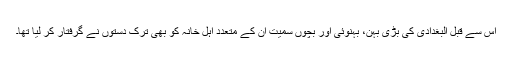
اس سے قبل البغدادی کی بڑی بہن، بہنوئی اور بچوں سمیت ان کے متعدد اہل خانہ کو بھی ترک دستوں نے گرفتار کر لیا تھا۔